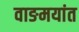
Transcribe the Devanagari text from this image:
वाङमयांत